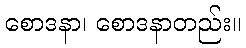
စောဒနာ၊ စောဒနာတည်း။